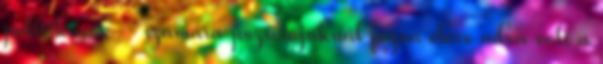
politikusok – számára pozíciójuknál fogva eleve adva volt a